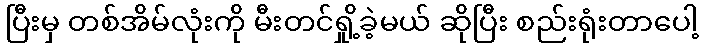
ပြီးမှ တစ်အိမ်လုံးကို မီးတင်ရှို့ခဲ့မယ် ဆိုပြီး စည်းရုံးတာပေါ့